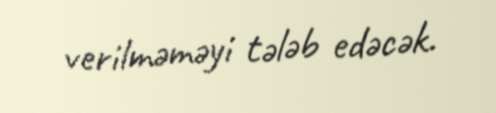
verilməməyi tələb edəcək.